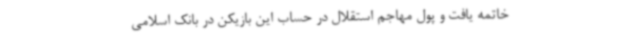
خاتمه یافت و پول مهاجم استقلال در حساب این بازیکن در بانک اسلامی